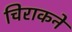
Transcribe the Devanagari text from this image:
चिराकने